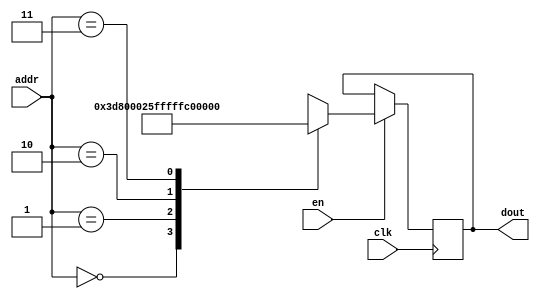
`timescale 1ns / 1ps
/*
Copyright
All right reserved.
Module Name: rom_syn
Author  : Zichuan Liu, Yixing Li and Wenye Liu.
Description:
A synthesized ROM: ROM_DEP x ROM_WID
*/
module AD_REF_ROM_13(
// inputs
clk,
en,
addr,
// outputs
dout
);
localparam ROM_WID = 22;
localparam ROM_DEP = 4;
localparam ROM_ADDR = 2;
// input definition
input clk;
input en;
input [ROM_ADDR-1:0] addr;
// output definition
output [ROM_WID-1:0] dout;
reg [ROM_WID-1:0] data;
always @(posedge clk)
begin
if (en) begin
case(addr)
		2'd0: data <= 22'b0000000000000011110110;
		2'd1: data <= 22'b0000000000000000100101;
		2'd2: data <= 22'b1111111111111111111110;
		2'd3: data <= 22'b1111111111111111111100;
		endcase
		end
	end
	assign dout = data;
endmodule